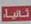
لانيا